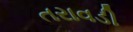
તરાવડી